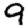
Digit: 9